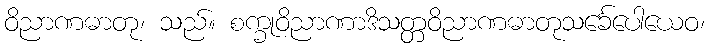
ဝိညာဏဓာတု၊ သည်။ စက္ခုဝိညာဏာဒိသတ္တဝိညာဏဓာတုသင်္ခေပေါယေဝ၊